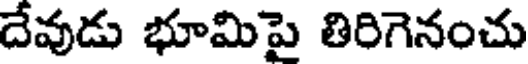
దేవుడు భూమిపై తిరిగెనంచు